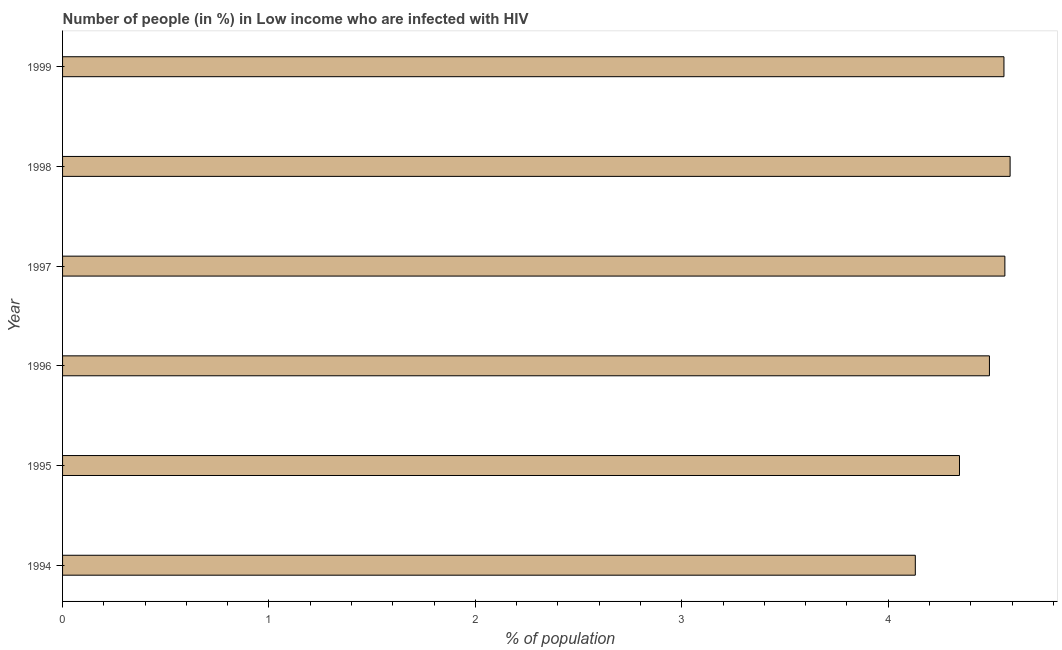
| Year | Infected with HIV |
 | --- | --- |
 | 1994 | 4.13 |
 | 1995 | 4.35 |
 | 1996 | 4.49 |
 | 1997 | 4.57 |
 | 1998 | 4.59 |
 | 1999 | 4.56 |